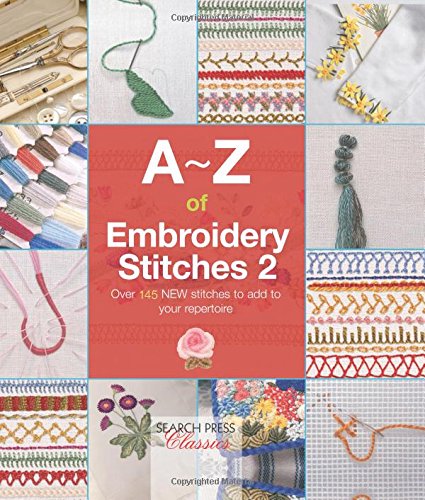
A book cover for A-Z of Embroidery Stitches 2 (A-Z of Needlecraft); Crafts, Hobbies & Home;